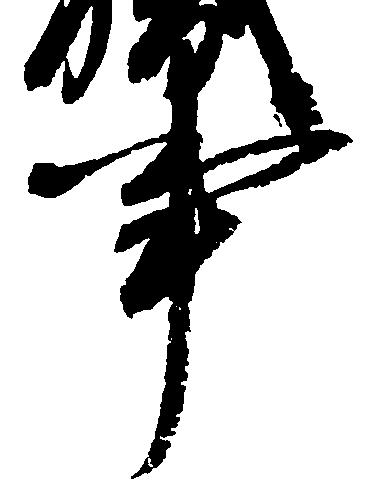
事